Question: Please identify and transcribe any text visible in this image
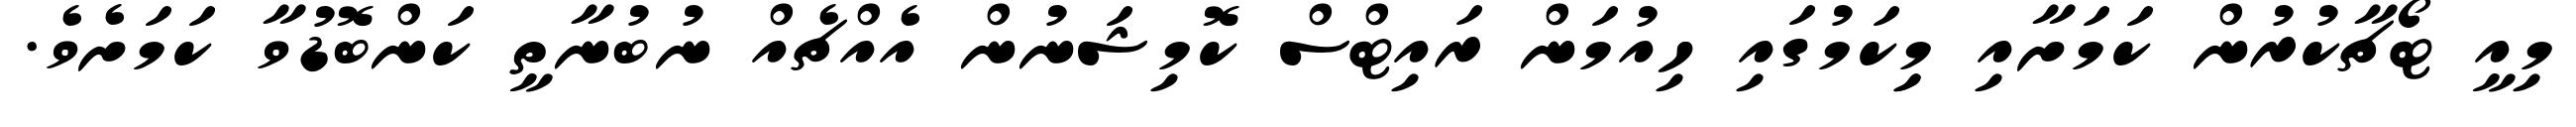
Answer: މިއީ ޓޯޗާކުރުން ކަމަށާއި މިިކަމުގައި ހިއުމަން ރައިޓްސް ކޮމިޝަނުން އެއްޗެއް ނުބުނާތީ ކަންބޮޑުވާ ކަމަށެވެ.